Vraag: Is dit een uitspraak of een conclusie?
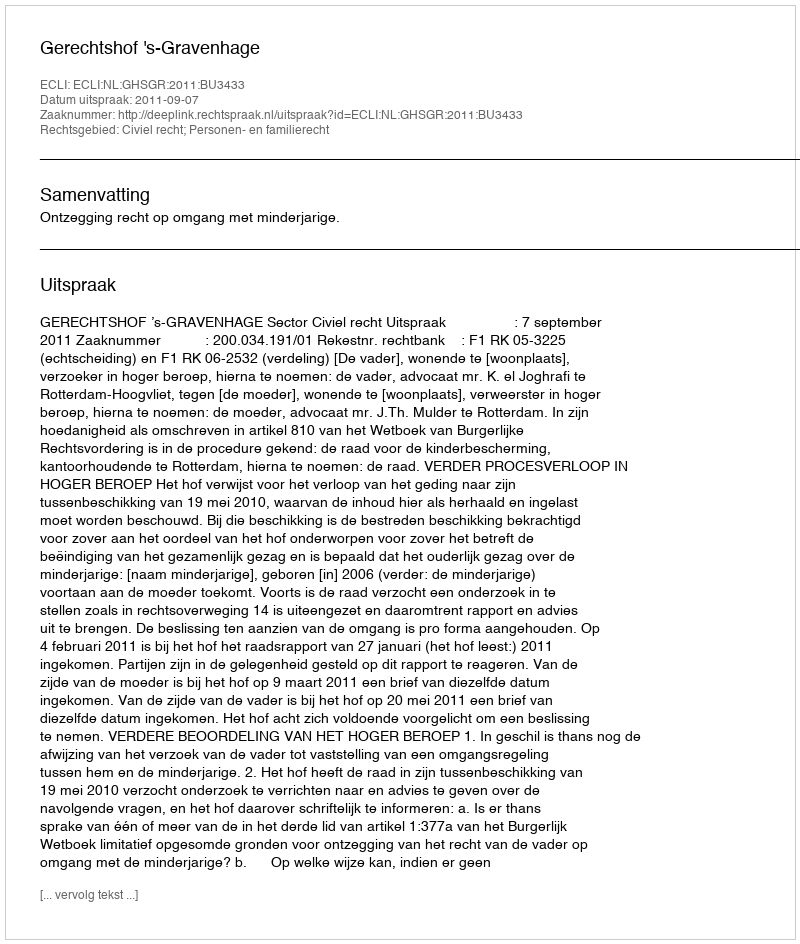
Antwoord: Uitspraak